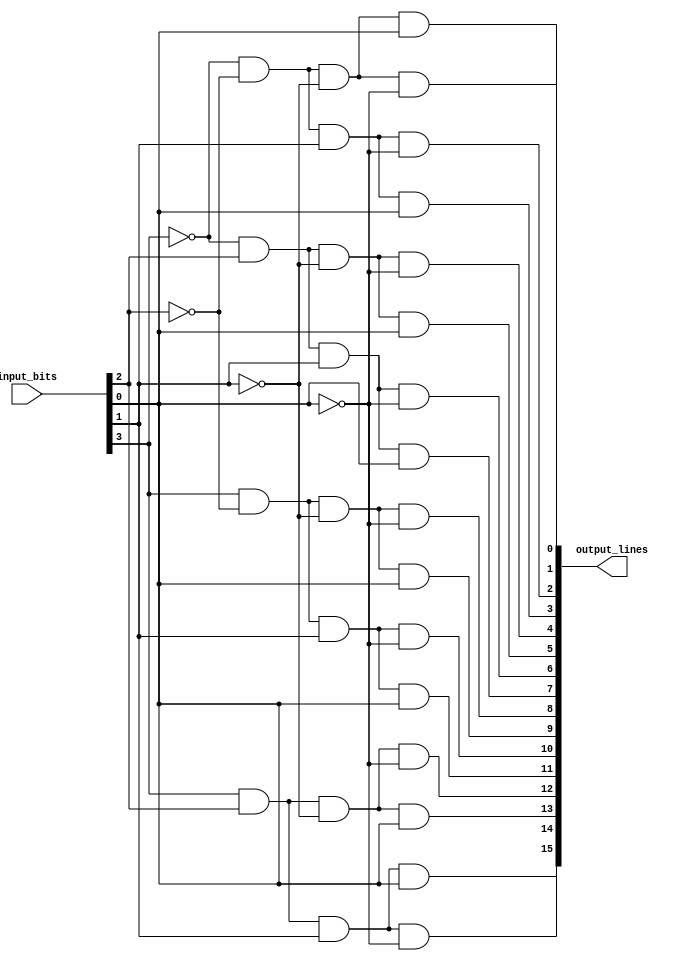
module Decoder_4to16 (
    input [3:0] input_bits,
    output [15:0] output_lines
);

assign output_lines[0] = (~input_bits[3] & ~input_bits[2] & ~input_bits[1] & ~input_bits[0]);
assign output_lines[1] = (~input_bits[3] & ~input_bits[2] & ~input_bits[1] & input_bits[0]);
assign output_lines[2] = (~input_bits[3] & ~input_bits[2] & input_bits[1] & ~input_bits[0]);
assign output_lines[3] = (~input_bits[3] & ~input_bits[2] & input_bits[1] & input_bits[0]);
assign output_lines[4] = (~input_bits[3] & input_bits[2] & ~input_bits[1] & ~input_bits[0]);
assign output_lines[5] = (~input_bits[3] & input_bits[2] & ~input_bits[1] & input_bits[0]);
assign output_lines[6] = (~input_bits[3] & input_bits[2] & input_bits[1] & ~input_bits[0]);
assign output_lines[7] = (~input_bits[3] & input_bits[2] & input_bits[1] & input_bits[0]);
assign output_lines[8] = (input_bits[3] & ~input_bits[2] & ~input_bits[1] & ~input_bits[0]);
assign output_lines[9] = (input_bits[3] & ~input_bits[2] & ~input_bits[1] & input_bits[0]);
assign output_lines[10] = (input_bits[3] & ~input_bits[2] & input_bits[1] & ~input_bits[0]);
assign output_lines[11] = (input_bits[3] & ~input_bits[2] & input_bits[1] & input_bits[0]);
assign output_lines[12] = (input_bits[3] & input_bits[2] & ~input_bits[1] & ~input_bits[0]);
assign output_lines[13] = (input_bits[3] & input_bits[2] & ~input_bits[1] & input_bits[0]);
assign output_lines[14] = (input_bits[3] & input_bits[2] & input_bits[1] & ~input_bits[0]);
assign output_lines[15] = (input_bits[3] & input_bits[2] & input_bits[1] & input_bits[0]);

endmodule